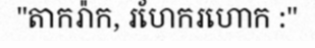
"តាករ៉ាក, រហែករហោក :"